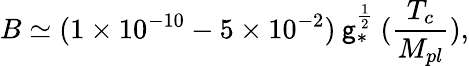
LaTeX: B\simeq(1\times10^{-10}-5\times10^{-2})\: \mathsf{g}_{*}^{\frac{{1}}{{2}}}\: ({\frac{{T_{c}}}{{M_{pl}}}}),